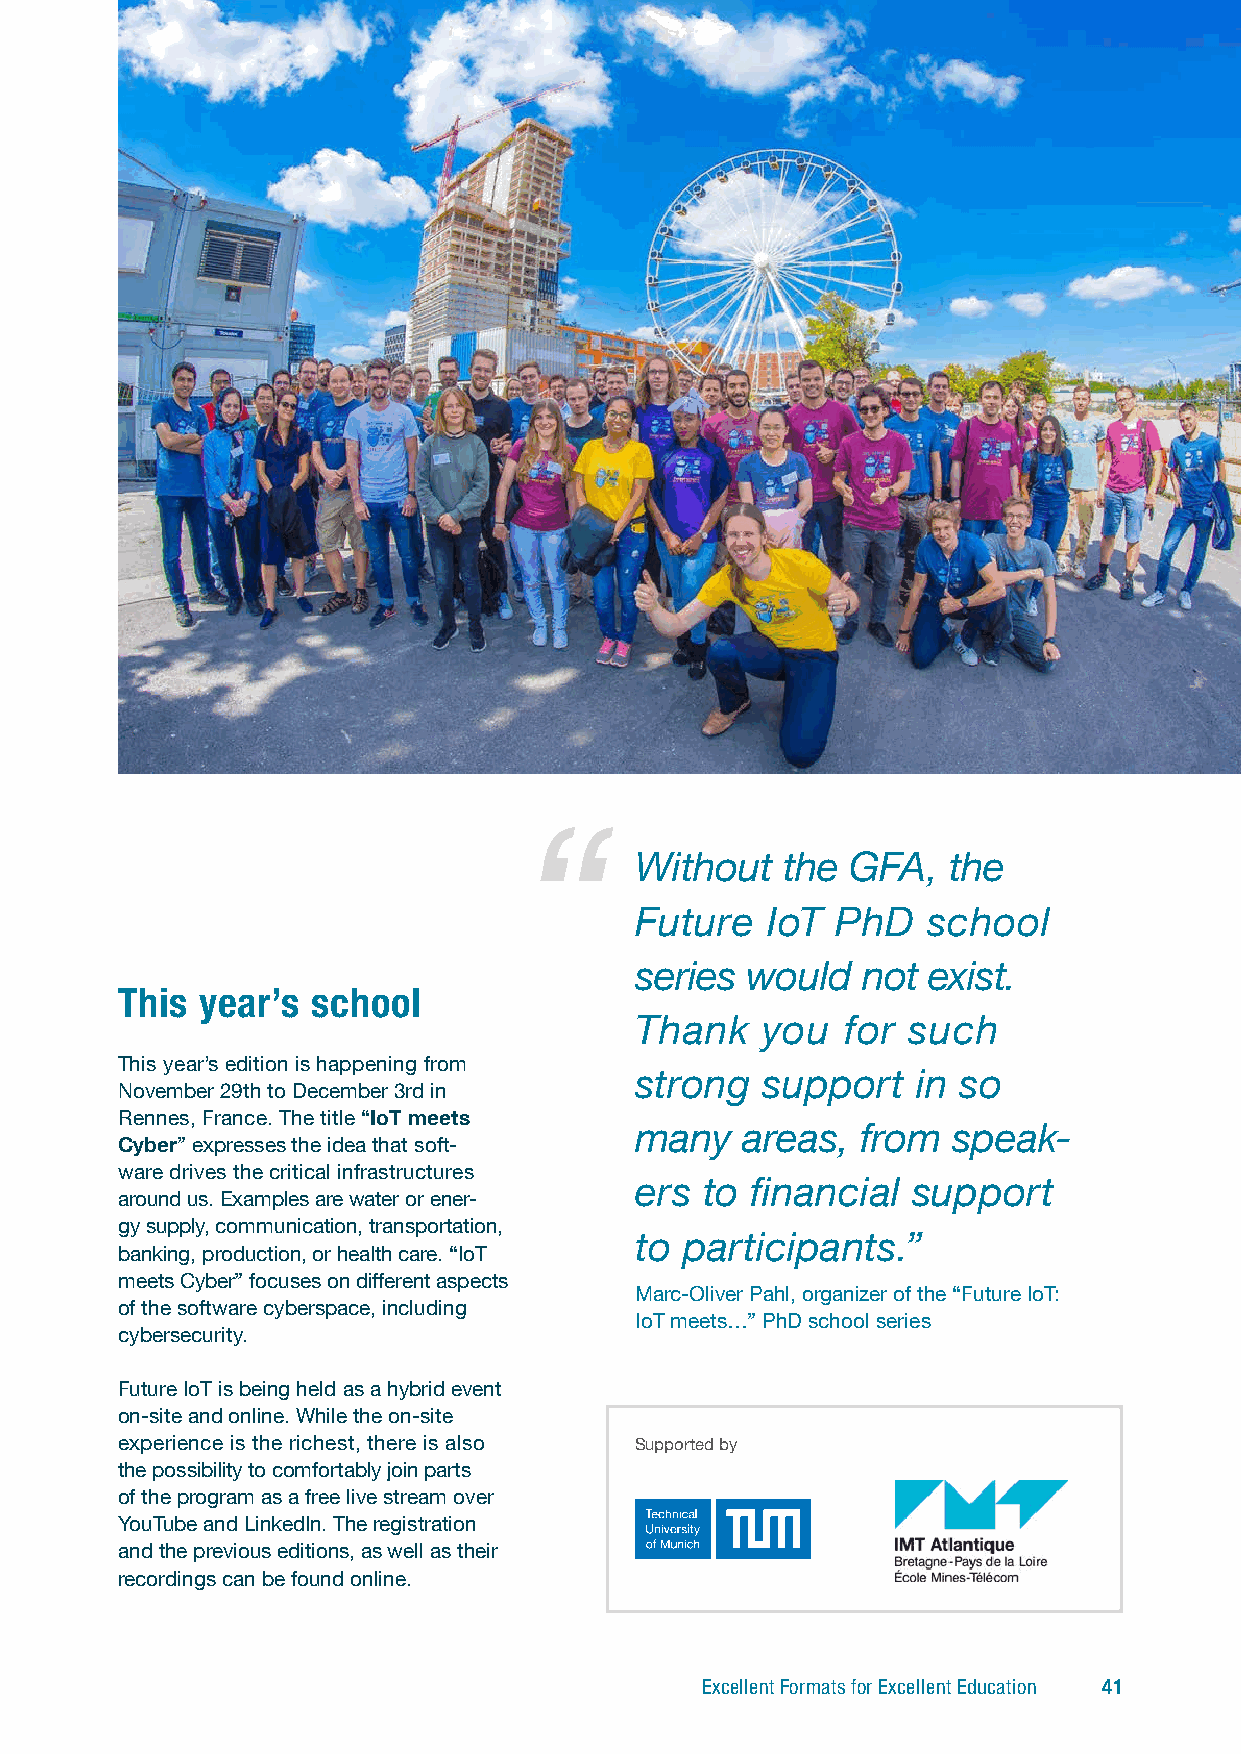
Without   the GFA,   the
 Future   IoT PhD   school
 series would   not e xist.
 This year’s  school
 Thank    you  for such
 This year’s edition is happening from
 strong  support    in so
 November 29th to December 3rd in
 Rennes, France. The title “IoT meets
 many   areas,  from  speak-
 Cyber” expresses the idea that soft-
 ware drives the critical infrastructures
 ers to  financial support
 around us. Examples are water or ener-
 gy supply, communication, transportation,
 to participants.”
 banking, production, or health care. “IoT
 meets Cyber” focuses on different aspects
 Marc-Oliver Pahl, organizer of the “Future IoT:
 of the software cyberspace, including
 IoT meets…” PhD school series
 cybersecurity.
 Future IoT is being held as a hybrid event
 on-site and online. While the on-site
 experience is the richest, there is also Supported by
 the possibility to comfortably join parts
 of the program as a free live stream over
 YouTube and LinkedIn. The registration
 and the previous editions, as well as their
 recordings can be found online.
 Excellent Formats for Excellent Education 41